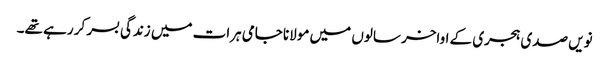
نویں صدی ہجری کے اواخر سالوں میں مولانا جامی ہرات میں زندگی بسر کر رہے تھے۔